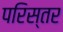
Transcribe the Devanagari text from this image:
परिस्तर